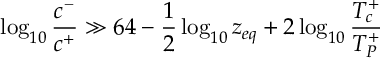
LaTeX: \log _ { 1 0 } { \frac { c ^ { - } } { c ^ { + } } } \gg 6 4 - { \frac { 1 } { 2 } } \log _ { 1 0 } z _ { e q } + 2 \log _ { 1 0 } { \frac { T _ { c } ^ { + } } { T _ { P } ^ { + } } }